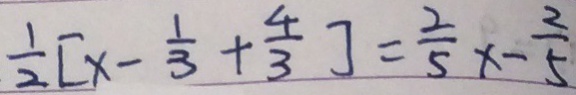
\frac { 1 } { 2 } [ x - \frac { 1 } { 3 } + \frac { 4 } { 3 } ] = \frac { 2 } { 5 } x - \frac { 2 } { 5 }